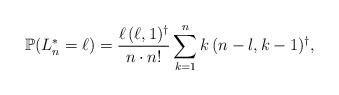
LaTeX: \begin{align*}\mathbb{P}( L_n^{*} = \ell ) = \frac{ \ell \, (\ell,1)^{\dagger} } { n \cdot n! } \sum_{ k = 1} ^n k \, (n-l , k-1)^{\dagger},\end{align*}